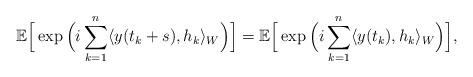
LaTeX: \begin{align*}{\mathbb E}\Big[\exp\Big(i\sum^n_{k=1}\langle y(t_k+s), h_k\rangle_W\Big)\Big] = {\mathbb E}\Big[\exp\Big(i\sum^n_{k=1}\langle y(t_k), h_k\rangle_W\Big)\Big],\end{align*}